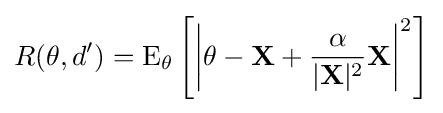
R(\theta ,d')=\operatorname {E} _{\theta }\left[\left|\mathbf {\theta -X} +{\frac {\alpha }{|\mathbf {X} |^{2}}}\mathbf {X} \right|^{2}\right]